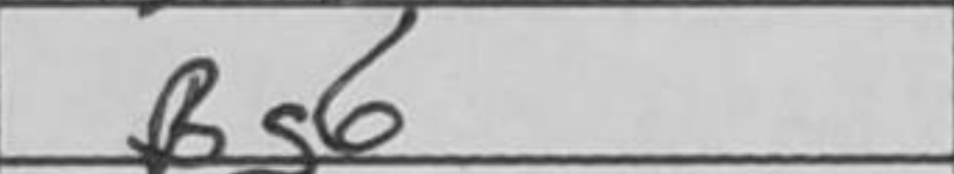
Transcription: Bg6